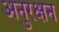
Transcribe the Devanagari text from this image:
अनुरक्षन